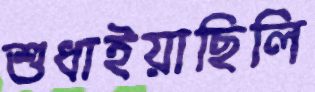
শুধাইয়াছিলি